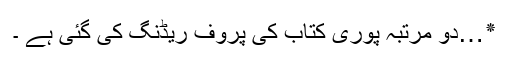
٭…دو مرتبہ پوری کتاب کی پروف ریڈنگ کی گئی ہے ۔